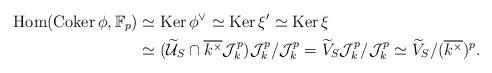
LaTeX: \begin{align*}\mathrm{Hom}(\mathrm{Coker}\,\phi,\mathbb F_p) &\simeq \mathrm{Ker}\,\phi^{\vee} \simeq \mathrm{Ker}\,\xi' \simeq \mathrm{Ker}\,\xi \\&\simeq (\widetilde{\mathcal{U}}_S \cap \overline{k^{\times}}\mathcal{J}_k^p)\mathcal{J}_k^p/\mathcal{J}_k^p=\widetilde{V}_S\mathcal{J}_k^p/\mathcal{J}_k^p\simeq \widetilde{V}_S/(\overline{k^{\times}})^p . \end{align*}